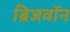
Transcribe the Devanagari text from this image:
ब्रिजवॉन